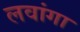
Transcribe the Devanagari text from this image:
लवांगा